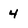
Character: 4